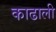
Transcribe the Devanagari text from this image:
काढाली